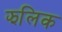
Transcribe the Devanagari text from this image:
झलिक